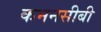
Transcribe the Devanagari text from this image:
कमनसीबी